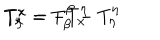
T _ { \eta } ^ { x } = - T _ { x } ^ { \eta } \hspace { 2 c m } T _ { x } ^ { x } = T _ { \beta } ^ { \beta } - T _ { \eta } ^ { \eta }